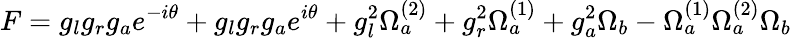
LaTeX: F=g_{l}g_{r}g_{a}e^{-i\theta}+g_{l}g_{r}g_{a}e^{i\theta}+g_{l}^{2}\Omega_{a}^{(2)}+g_{r}^{2}\Omega_{a}^{(1)}+g_{a}^{2}\Omega_{b}-\Omega_{a}^{(1)}\Omega_{a}^{(2)}\Omega_{b}